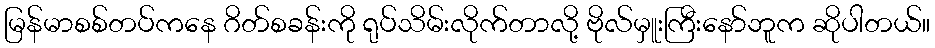
မြန်မာစစ်တပ်ကနေ ဂိတ်စခန်းကို ရုပ်သိမ်းလိုက်တာလို့ ဗိုလ်မှူးကြီးနော်ဘူက ဆိုပါတယ်။